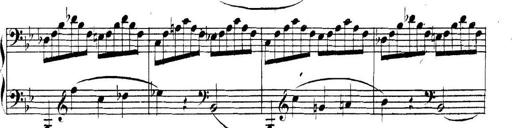
Title: Collected Piano Sonatas
Composer: Muzio Clementi